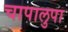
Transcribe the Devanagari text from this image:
चापालुपा